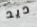
ديد